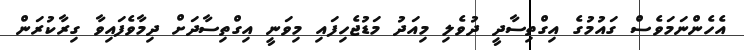
އެހެންނަމަވެސް ގައުމުގެ އިގްތިސާދީ ދުވެލި މިއަދު މަޑުޖެހިފައި މިވަނީ އިގްތިސާދަށް ދިމާވެފައިވާ ގިރާކުރަން